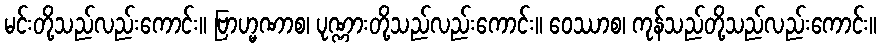
မင်းတို့သည်လည်းကောင်း။ ဗြာဟ္မဏာစ၊ ပုဏ္ဏားတို့သည်လည်းကောင်း။ ဝေဿာစ၊ ကုန်သည်တို့သည်လည်းကောင်း။